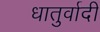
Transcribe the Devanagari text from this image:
धातुर्वादी